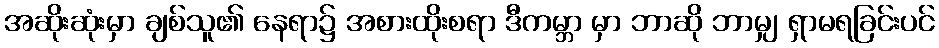
အဆိုးဆုံးမှာ ချစ်သူ၏ နေရာ၌ အစားထိုးစရာ ဒီကမ္ဘာ မှာ ဘာဆို ဘာမျှ ရှာမရခြင်းပင်